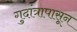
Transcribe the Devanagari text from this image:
गुदांत्रापासून